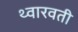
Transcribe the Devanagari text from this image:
थ्वारवती